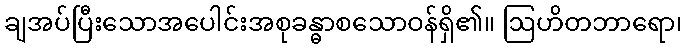
ချအပ်ပြီးသောအပေါင်းအစုခန္ဓာစသောဝန်ရှိ၏။ ဩဟိတဘာရော၊